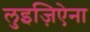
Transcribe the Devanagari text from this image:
लुइज़िऐना